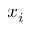
x _ { i }